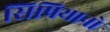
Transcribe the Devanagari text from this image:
सिप्रियानो